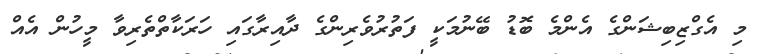
މި އެގްޒިބިޝަންގެ އެންމެ ބޮޑު ބޭނުމަކީ ފަތުރުވެރިންގެ ދާއިރާގައި ހަރަކާތްތެރިވާ މީހުން އެއް